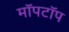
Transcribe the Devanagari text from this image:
मॉपटॉप